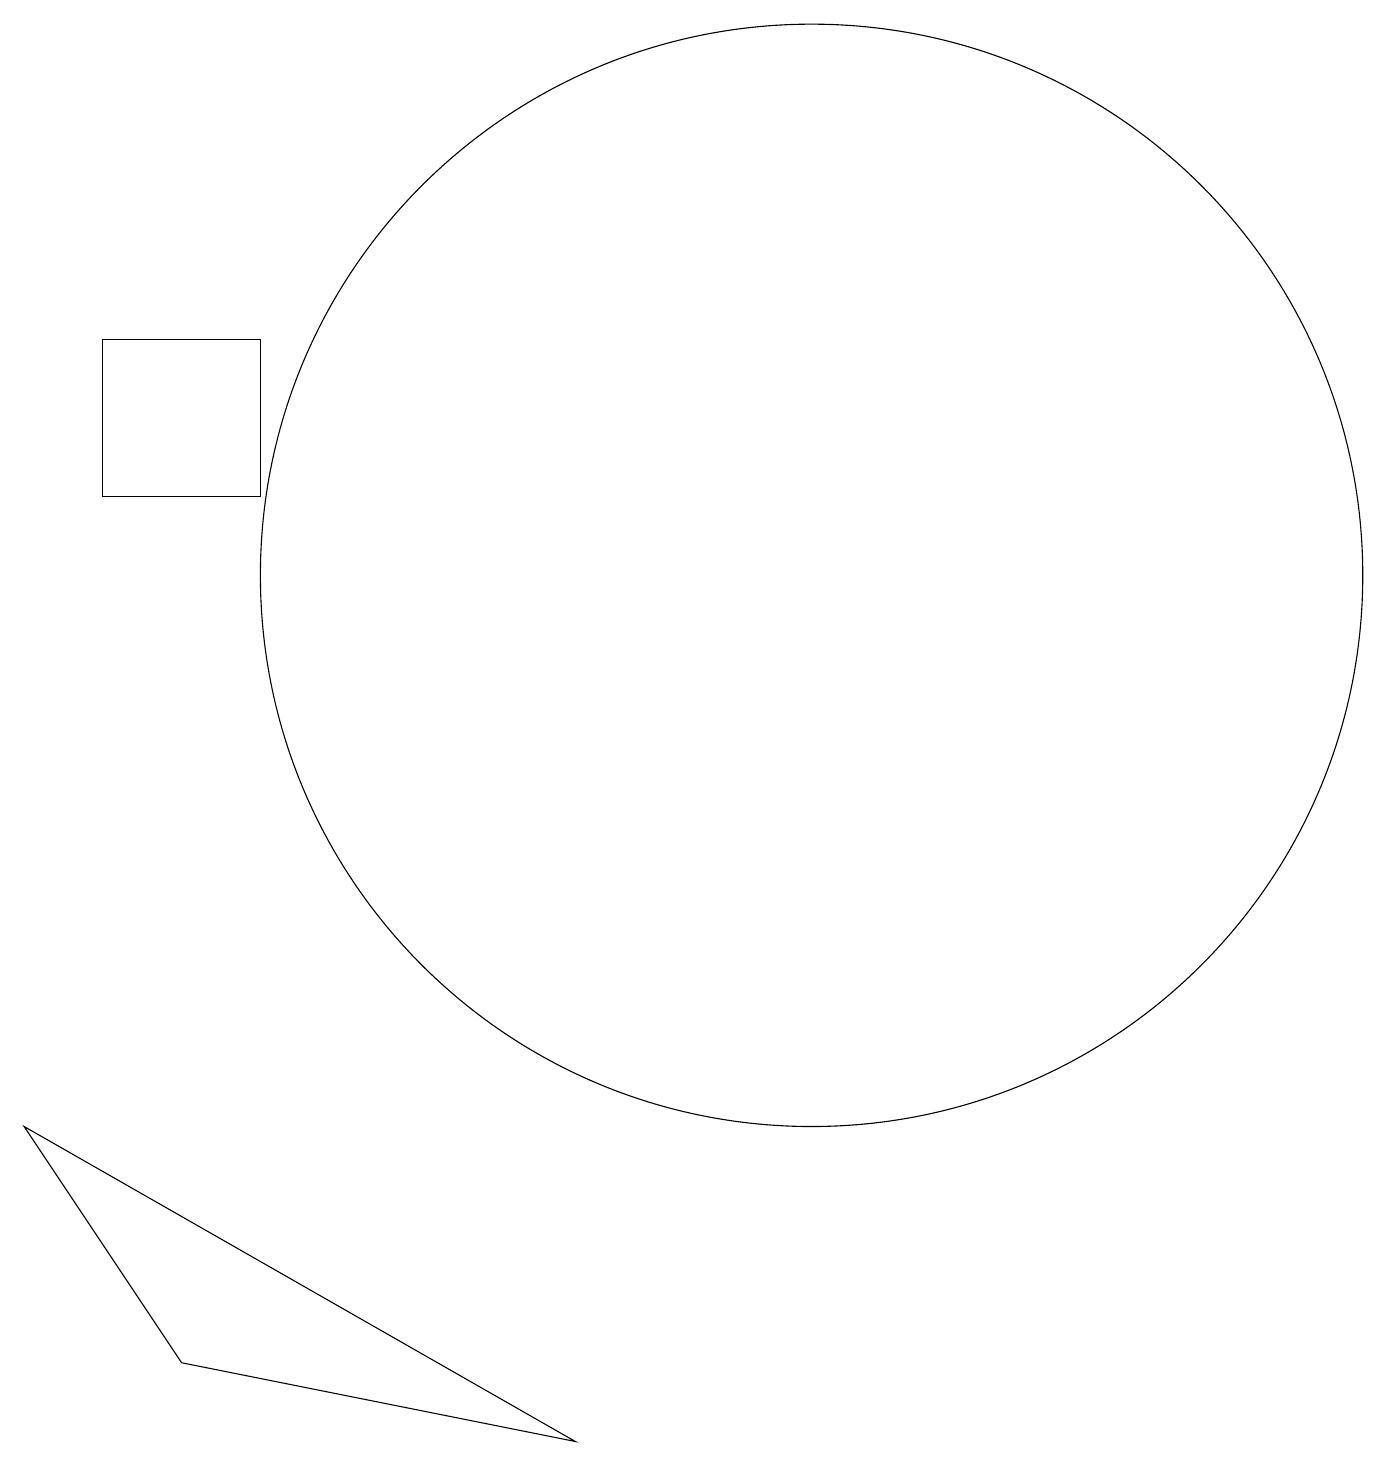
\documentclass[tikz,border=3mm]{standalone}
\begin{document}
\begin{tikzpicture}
\draw (1,15) rectangle (3,13);
\draw (10,12) circle (7);
\draw (2,2) -- (7,1) -- (0,5) -- cycle;
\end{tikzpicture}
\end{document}